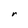
Character: r